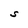
Character: S